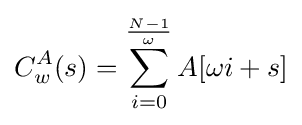
C_{w}^{A}(s)=\sum _{i=0}^{\frac {N-1}{\omega }}A[\omega i+s]